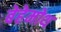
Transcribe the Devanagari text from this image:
बेहेमोथ